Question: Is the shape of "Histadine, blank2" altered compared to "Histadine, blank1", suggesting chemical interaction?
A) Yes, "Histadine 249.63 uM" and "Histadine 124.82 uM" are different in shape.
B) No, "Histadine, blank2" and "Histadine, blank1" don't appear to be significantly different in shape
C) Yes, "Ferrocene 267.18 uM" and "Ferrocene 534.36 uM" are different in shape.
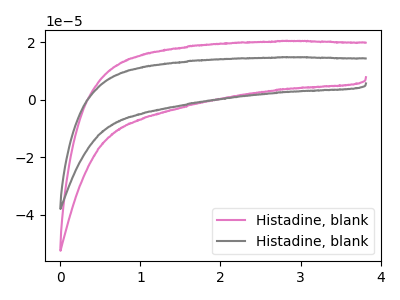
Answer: <think>The pink curve "Histadine, blank1" has no peaks. The gray curve "Histadine, blank2" has no peaks.
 Neither "Histadine, blank2" or "Histadine, blank1" have any peaks.</think>
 <answer>B) No, "Histadine, blank2" and "Histadine, blank1" don't appear to be significantly different in shape</answer>
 <eval>B</eval>